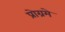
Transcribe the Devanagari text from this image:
प्रोग्रमे